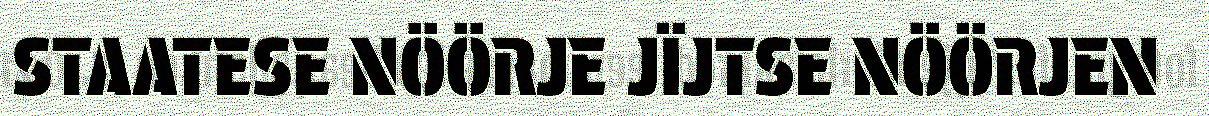
STAATESE NÖÖRJE JÏJTSE NÖÖRJEN